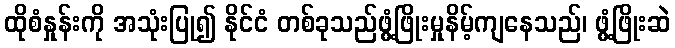
ထိုစံနှုန်းကို အသုံးပြု၍ နိုင်ငံ တစ်ခုသည်ဖွံ့ဖြိုးမှုနိမ့်ကျနေသည်၊ ဖွံ့ဖြိုးဆဲ